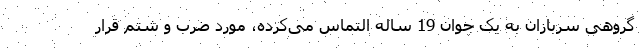
گروهیِ سربازان به یک جوان 19 ساله التماس می‌کرده، مورد ضرب و شتم قرار